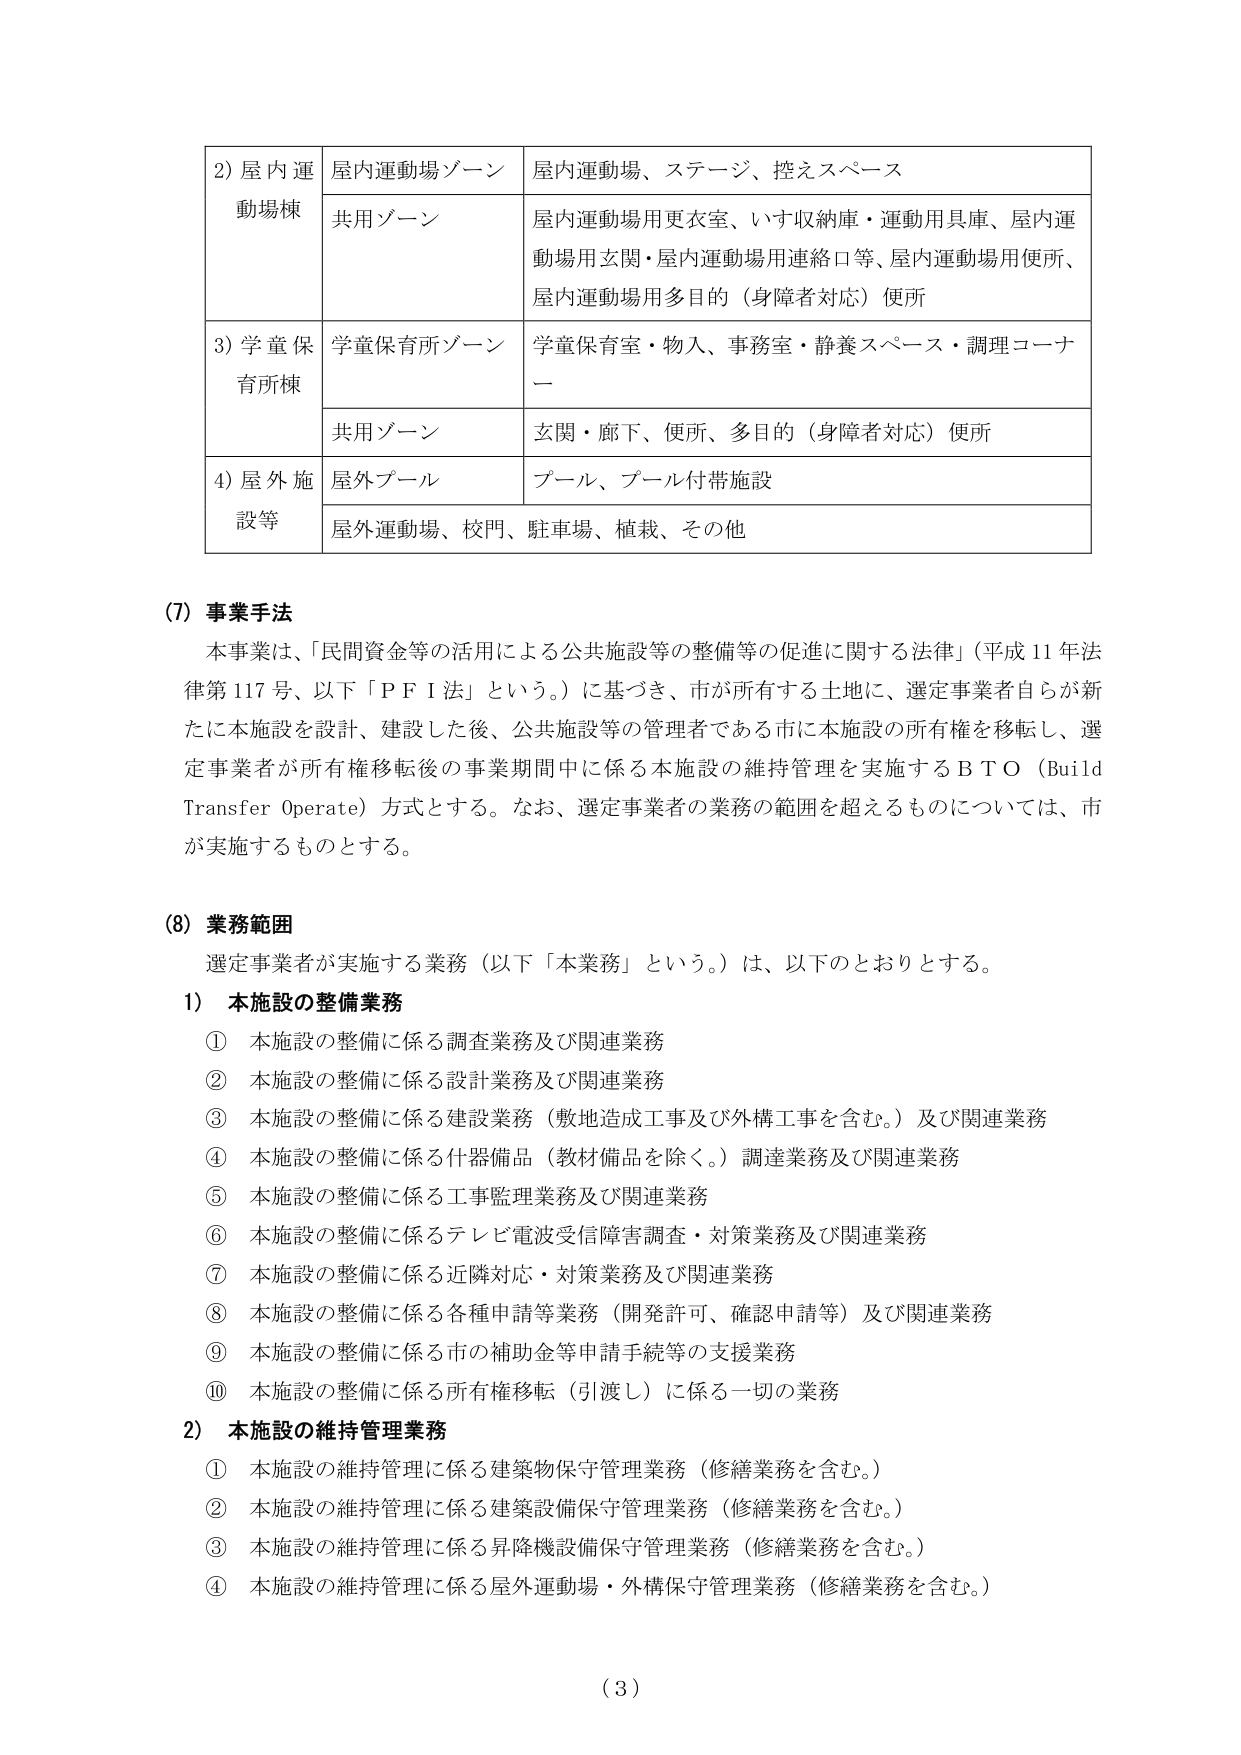
2) 屋内運動場棟
屋内運動場ゾーン
屋内運動場、ステージ、控えスペース

共用ゾーン
屋内運動場用更衣室、いす収納庫・運動用具庫、屋内運動場用玄関・屋内運動場用連絡口等、屋内運動場用便所、屋内運動場用多目的（身障者対応）便所

3) 学童保育所棟
学童保育所ゾーン
学童保育室・物入、事務室・静養スペース・調理コーナー

共用ゾーン
玄関・廊下、便所、多目的（身障者対応）便所

4) 屋外施設等
屋外プール
プール、プール付帯施設

屋外運動場、校門、駐車場、植栽、その他

(7) 事業手法
本事業は、「民間資金等の活用による公共施設等の整備等の促進に関する法律」（平成11年法律第117号、以下「PFI法」という。）に基づき、市が所有する土地に、選定事業者自らが新たに本施設を設計、建設した後、公共施設等の管理者である市に本施設の所有権を移転し、選定事業者が所有権移転後の事業期間中に係る本施設の維持管理を実施するBTO（Build Transfer Operate）方式とする。なお、選定事業者の業務の範囲を超えるものについては、市が実施するものとする。

(8) 業務範囲
選定事業者が実施する業務（以下「本業務」という。）は、以下のとおりとする。

1) 本施設の整備業務
① 本施設の整備に係る調査業務及び関連業務
② 本施設の整備に係る設計業務及び関連業務
③ 本施設の整備に係る建設業務（敷地造成工事及び外構工事を含む。）及び関連業務
④ 本施設の整備に係る什器備品（教材備品を除く。）調達業務及び関連業務
⑤ 本施設の整備に係る工事監理業務及び関連業務
⑥ 本施設の整備に係るテレビ電波受信障害調査・対策業務及び関連業務
⑦ 本施設の整備に係る近隣対応・対策業務及び関連業務
⑧ 本施設の整備に係る各種申請等業務（開発許可、確認申請等）及び関連業務
⑨ 本施設の整備に係る市の補助金等申請手続等の支援業務
⑩ 本施設の整備に係る所有権移転（引渡し）に係る一切の業務

2) 本施設の維持管理業務
① 本施設の維持管理に係る建築物保守管理業務（修繕業務を含む。）
② 本施設の維持管理に係る建築設備保守管理業務（修繕業務を含む。）
③ 本施設の維持管理に係る昇降機設備保守管理業務（修繕業務を含む。）
④ 本施設の維持管理に係る屋外運動場・外構保守管理業務（修繕業務を含む。）

(3)